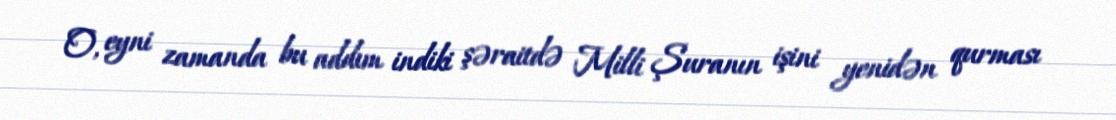
O, eyni zamanda bu addım indiki şəraitdə Milli Şuranın işini yenidən qurması